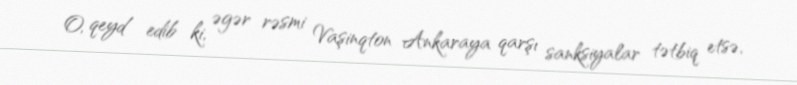
O, qeyd edib ki, əgər rəsmi Vaşinqton Ankaraya qarşı sanksiyalar tətbiq etsə,